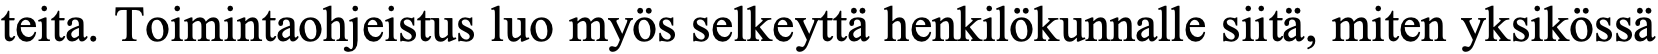
teita. Toimintaohjeistus luo myös selkeyttä henkilökunnalle siitä, miten yksikössä